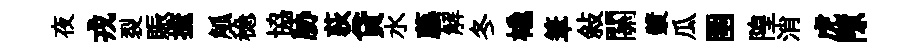
夜戎裂賑摭觚稳協胁荻貸水藤解冬橇筆敍關漿瓜圉隍消虎隙